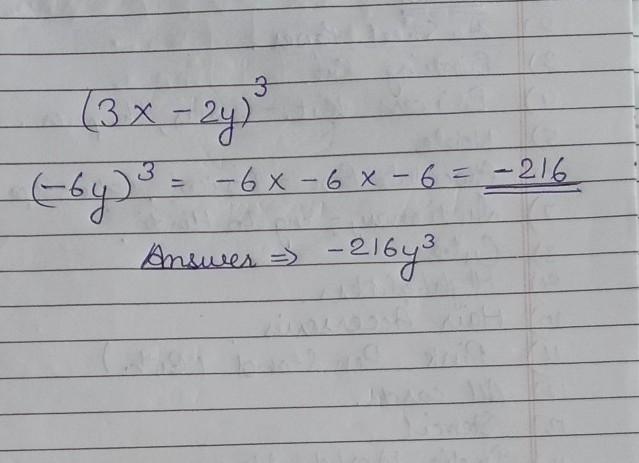
Answer:
\begin{align*}
&(3x - 2y)^{3}\\
&(-6y)^{3}=(-6)\times(-6)\times(-6)=\underline{-216}\\
&\Rightarrow -216y^{3}
\end{align*}